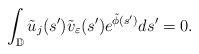
LaTeX: \begin{align*}\int_{\mathbb{D}} \tilde{u}_j(s')\tilde{v}_\varepsilon(s')e^{\tilde{\phi}(s')}ds' = 0.\end{align*}